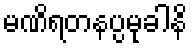
မဏိရတနပ္ပမုခါနိ